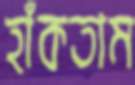
হাঁকতাম